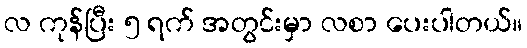
လ ကုန်ပြီး ၅ ရက် အတွင်းမှာ လစာ ပေးပါတယ်။